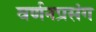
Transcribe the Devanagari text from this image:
वर्णनप्रसंग